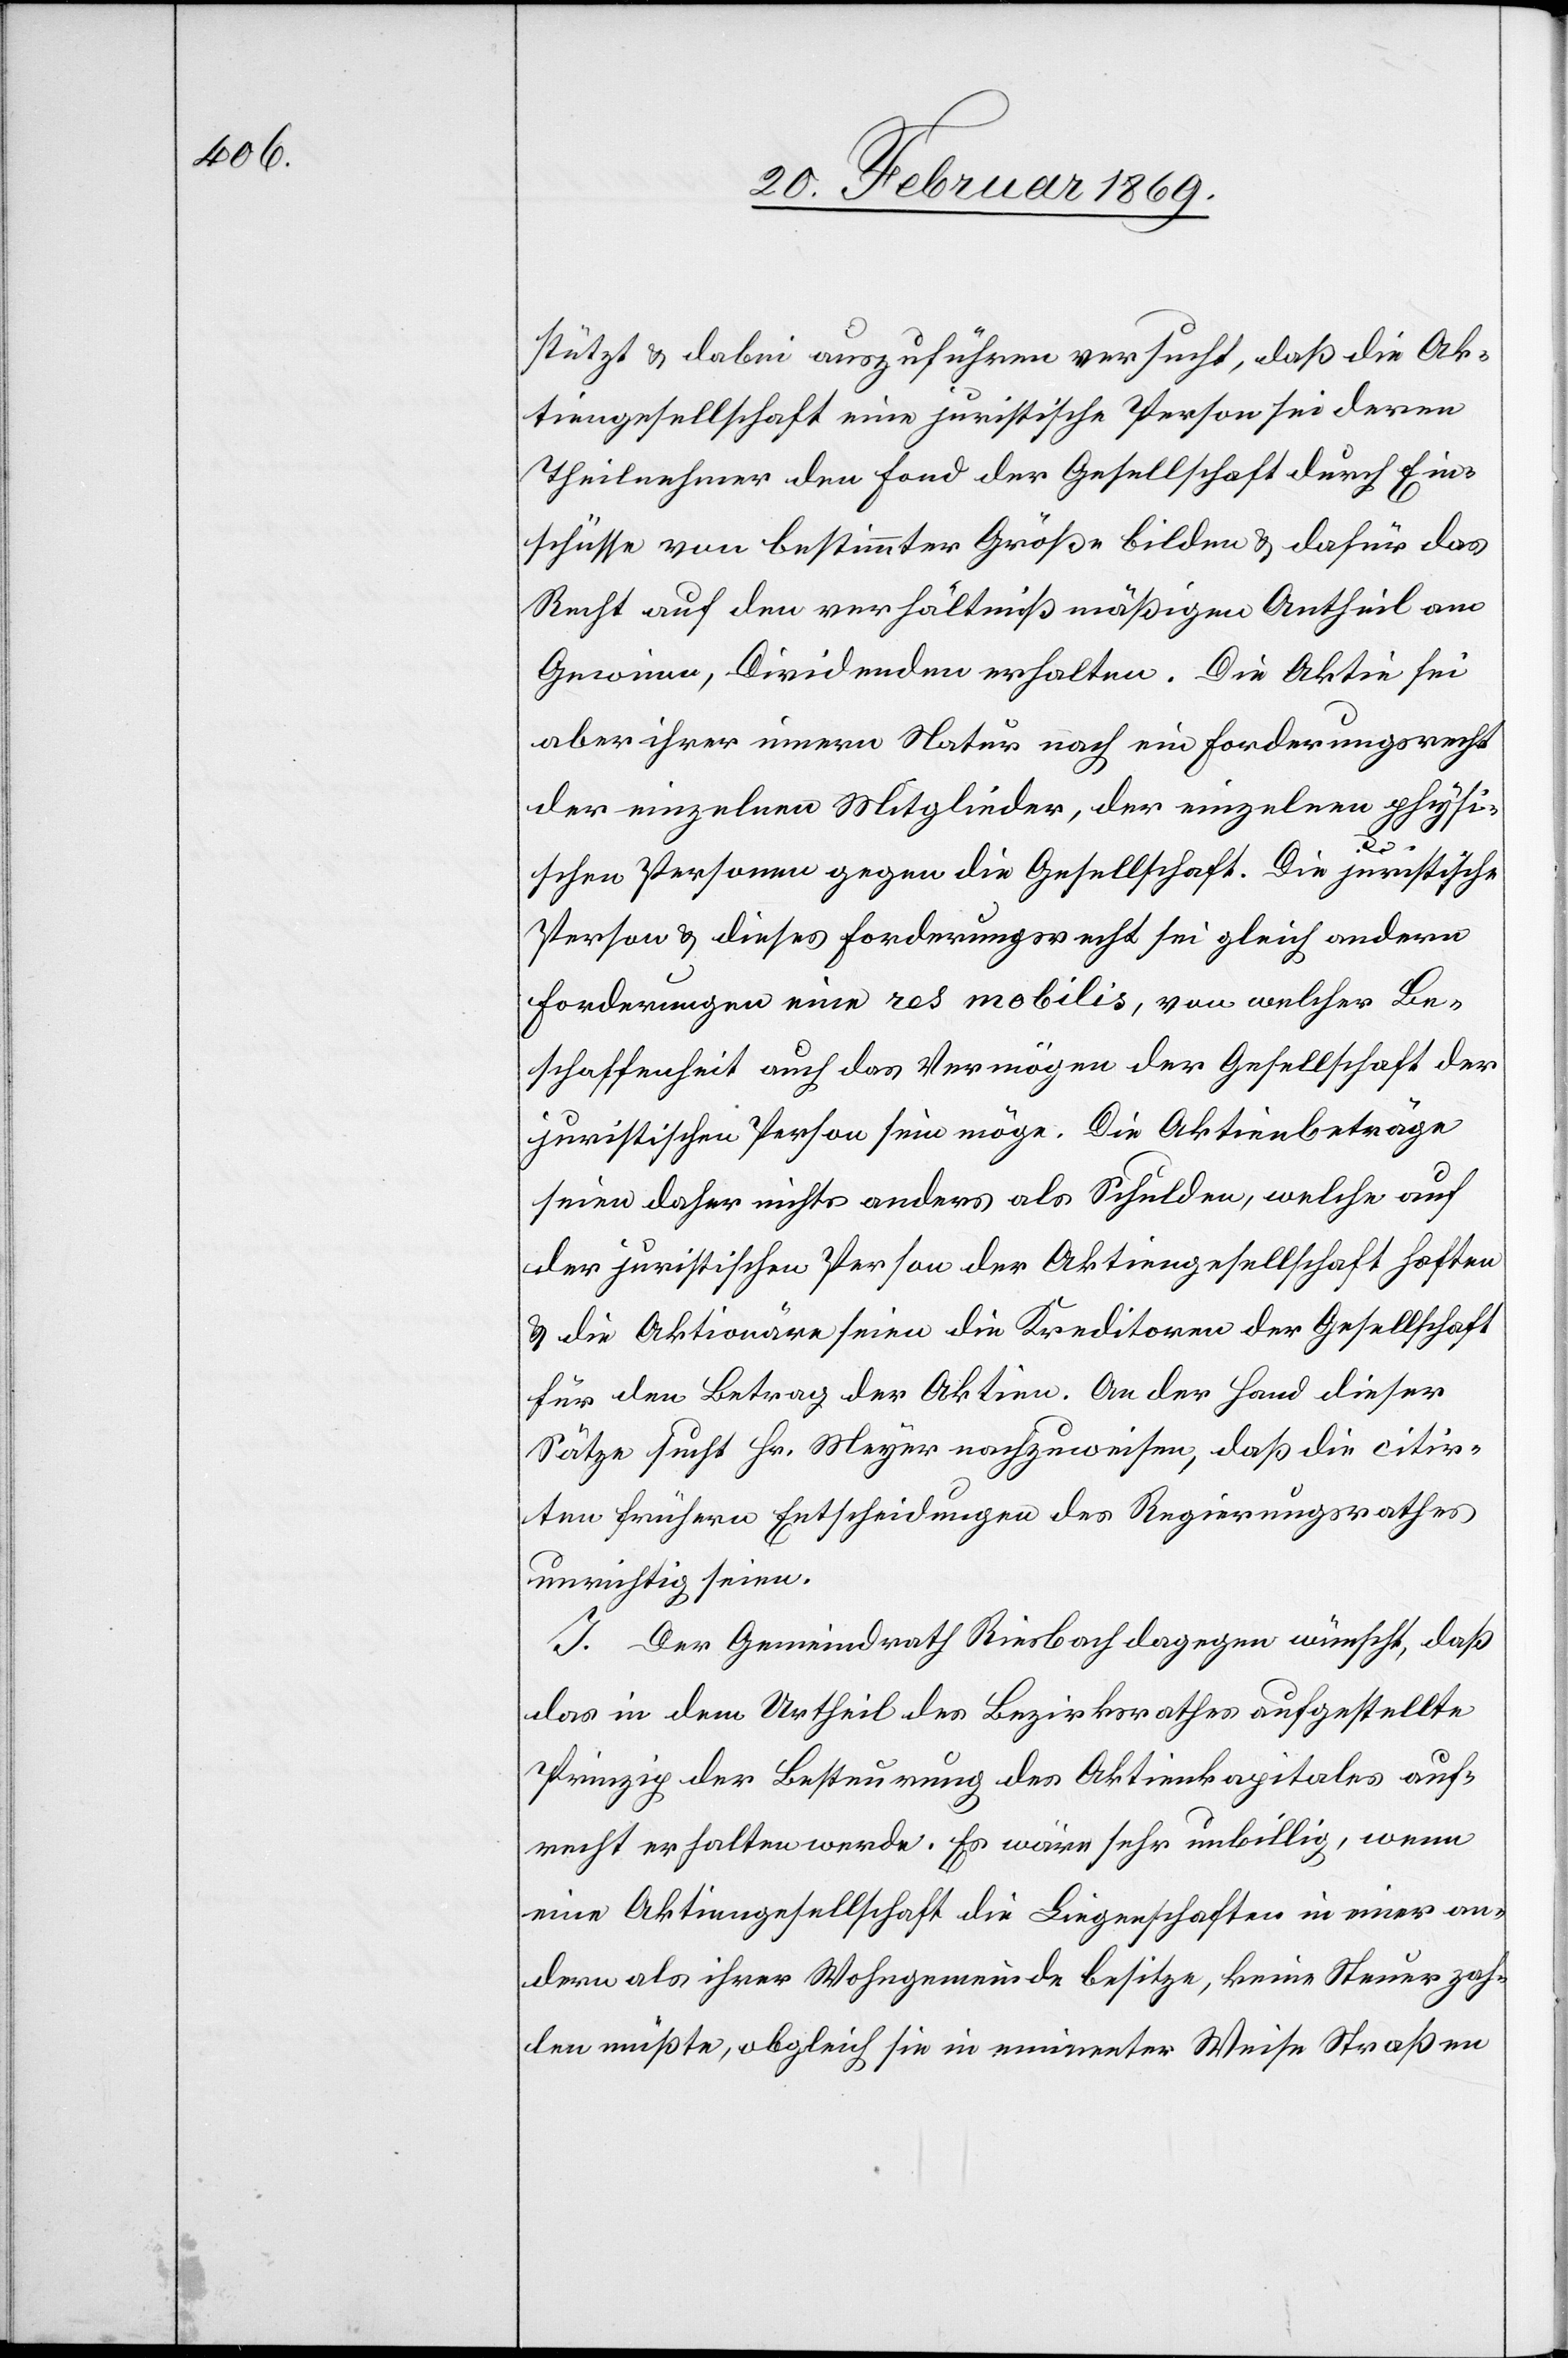
stützt & dabei auszuführen versucht, daß die Ak¬
tiengesellschaft eine juristische Person sei deren
Theilnehmer den Fond der Gesellschaft durch Ein¬
schüsse von bestimmter Größe bilden & dafür das
Recht auf den verhältnißmäßigen Antheil am
Gewinne, Dividenden erhalten. Die Aktie sei
aber ihrer innern Natur nach ein Forderungsrecht
der einzelnen Mitglieder, der einzelnen physi¬
schen Personen gegen die Gesellschaft. Die juristische
Person & dieses Forderungsrecht sei gleich andern
Forderungen eine res mobilis, von welcher Be¬
schaffenheit auch das Vermögen der Gesellschaft der
juristischen Person sein möge. Die Aktienbeträge
seien daher nichts anders als Schulden, welche auf
der juristischen Person der Aktiengesellschaft haften
& die Aktionäre seien die Kreditoren der Gesellschaft
für den Betrag der Aktien. An der Hand dieser
Sätze sucht Hr. Meyer nachzuweisen, da die citir¬
ten frühern Entscheidungen des Regierungsrathes
unrichtig seien.
J. Der Gemeindrath Riesbach dagegen wünscht, daß
das in dem Urtheil des Bezirksrathes aufgestellte
Prinzip der Besteuerung des Aktienkapitales auf¬
recht erhalten werde. Es wäre sehr unbillig, wenn
eine Aktiengesellschaft die Liegenschafen in einer an¬
dern als ihrer Wohngemeinde besitze, keine Steuer zah¬
len müßte, obgleich sie in eminenter Weise Straßen